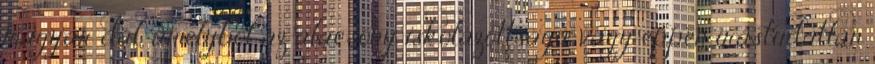
magyar dal, amelyből az alacsony iskolázottságú, vagy éppen írástudatlan